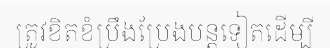
ត្រូវខិតខំប្រឹងប្រែងបន្តទៀតដើម្បី